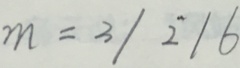
m = 3 / 2 / 6